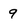
Character: 9